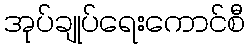
အုပ်ချုပ်ရေးကောင်စီ